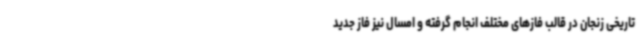
تاریخی زنجان در قالب فازهای مختلف انجام‌ گرفته و امسال نیز فاز جدید